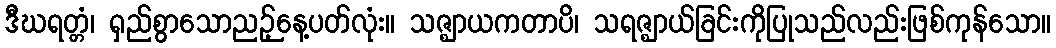
ဒီဃရတ္တံ၊ ရှည်စွာသောညဉ့်နေ့ပတ်လုံး။ သဇ္ဈာယကတာပိ၊ သရဇ္ဈာယ်ခြင်းကိုပြုသည်လည်းဖြစ်ကုန်သော။